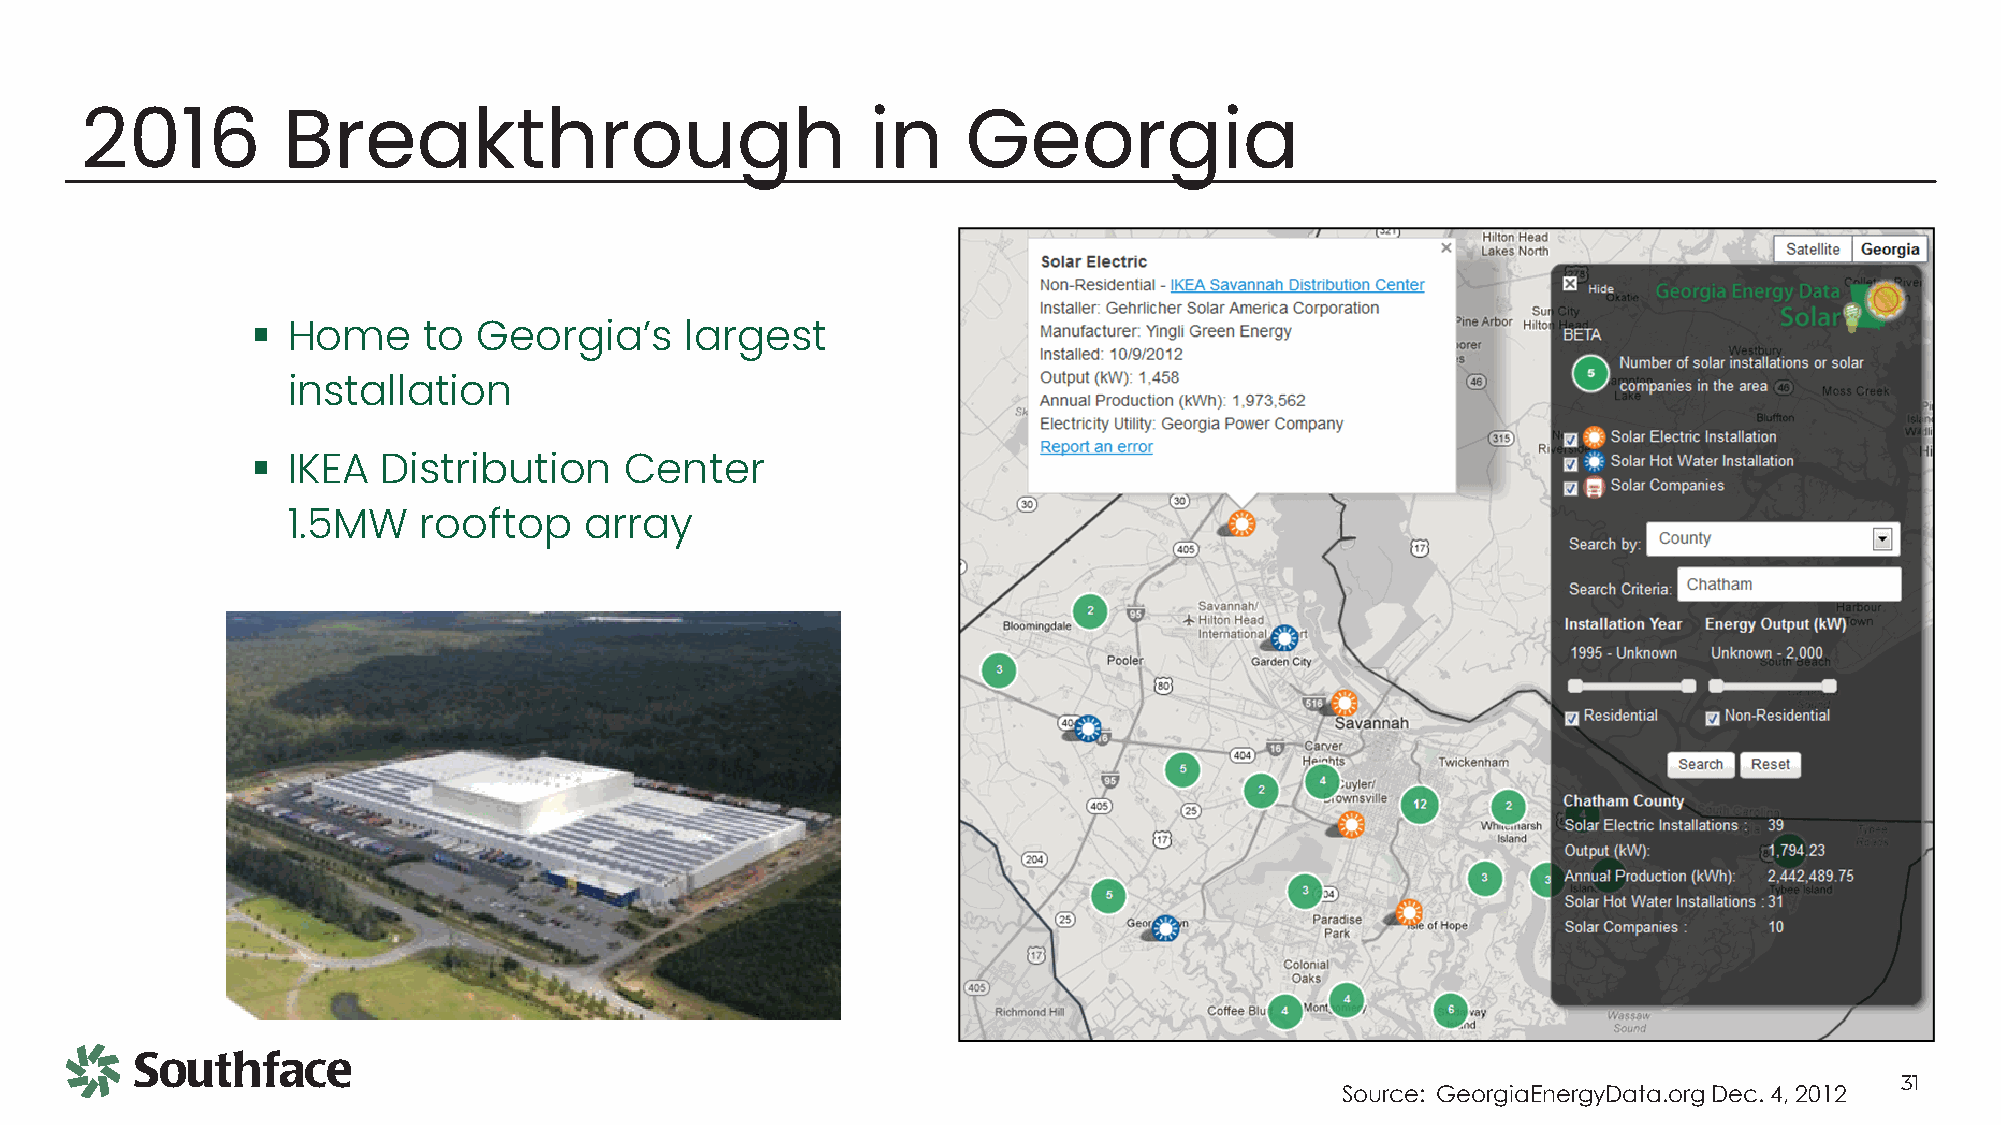
2016          Breakthrough                           in    Georgia
 
 Home     to  Georgia’s    largest
 installation
 
 IKEA  Distribution    Center
 1.5MW    rooftop    array
 31
 Source: GeorgiaEnergyData.org Dec. 4, 2012